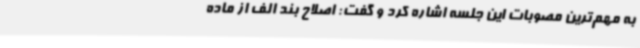
به مهم‌ترین مصوبات این جلسه اشاره کرد و گفت: اصلاح بند الف از ماده